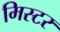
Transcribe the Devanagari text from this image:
मिस्‍टर